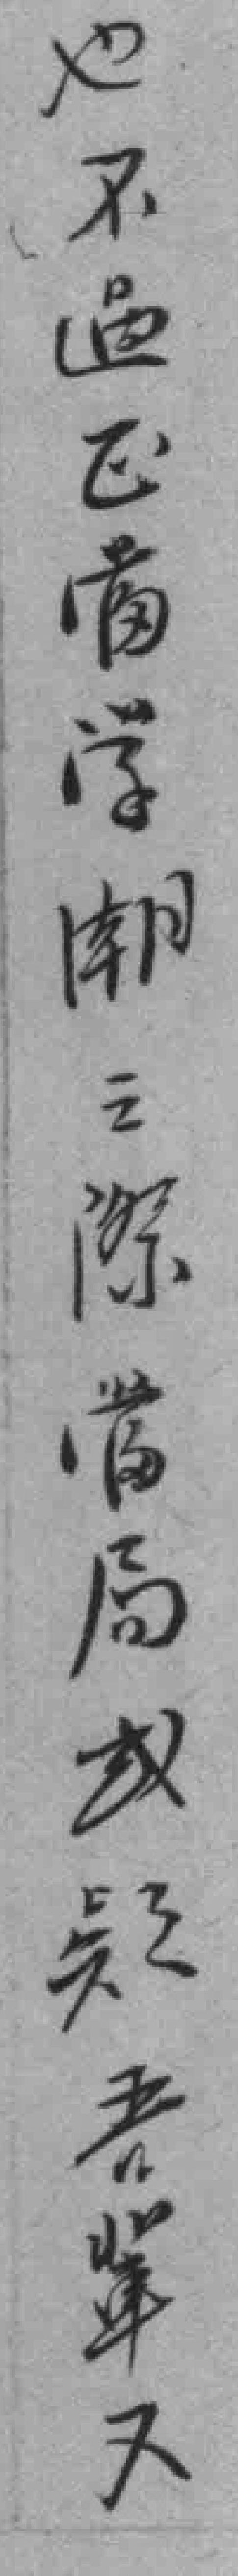
也不過正當学潮之際當局或疑吾輩不